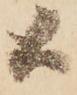
候